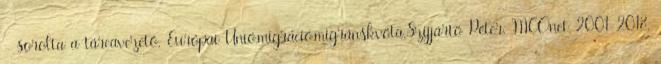
- sorolta a tárcavezető. Európai Unió,migráció,migránskvóta,Szijjártó Péter, MCOnet 2001-2018.